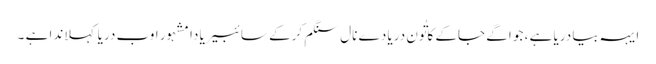
ایہہ بیا دریا ہے ، جو اگے جاکے کاتُون دریا دے نال سنگم کرکے سائبیریا دا مشہور اوب دریا کہلاندا ہے ۔